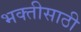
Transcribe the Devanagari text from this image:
भक्तीसाठी